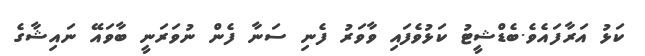
ކަޅު އަރާފައެވެ.ބެޑްޝީޓު ކަޅުވެފައި ވާވަރު ފެނި ސަނާ ފެން ނުވަރަނީ ބާވައޭ ނައިޝާގެ